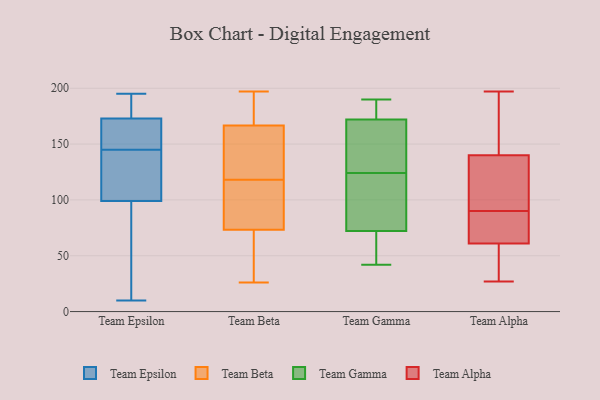
{"axis": {"x": "Waste Production (Tons)", "y": "Value"}, "legend": ["Team Alpha", "Team Beta", "Team Epsilon", "Team Gamma"], "data": [{"x": "", "y": 143, "type": "Team Epsilon"}, {"x": "", "y": 147, "type": "Team Epsilon"}, {"x": "", "y": 95, "type": "Team Epsilon"}, {"x": "", "y": 175, "type": "Team Epsilon"}, {"x": "", "y": 150, "type": "Team Epsilon"}, {"x": "", "y": 14, "type": "Team Epsilon"}, {"x": "", "y": 173, "type": "Team Epsilon"}, {"x": "", "y": 183, "type": "Team Epsilon"}, {"x": "", "y": 195, "type": "Team Epsilon"}, {"x": "", "y": 122, "type": "Team Epsilon"}, {"x": "", "y": 99, "type": "Team Epsilon"}, {"x": "", "y": 10, "type": "Team Epsilon"}, {"x": "", "y": 139, "type": "Team Epsilon"}, {"x": "", "y": 158, "type": "Team Epsilon"}, {"x": "", "y": 77, "type": "Team Beta"}, {"x": "", "y": 191, "type": "Team Beta"}, {"x": "", "y": 26, "type": "Team Beta"}, {"x": "", "y": 118, "type": "Team Beta"}, {"x": "", "y": 197, "type": "Team Beta"}, {"x": "", "y": 72, "type": "Team Beta"}, {"x": "", "y": 119, "type": "Team Beta"}, {"x": "", "y": 106, "type": "Team Beta"}, {"x": "", "y": 171, "type": "Team Beta"}, {"x": "", "y": 154, "type": "Team Beta"}, {"x": "", "y": 28, "type": "Team Beta"}, {"x": "", "y": 145, "type": "Team Gamma"}, {"x": "", "y": 181, "type": "Team Gamma"}, {"x": "", "y": 190, "type": "Team Gamma"}, {"x": "", "y": 170, "type": "Team Gamma"}, {"x": "", "y": 124, "type": "Team Gamma"}, {"x": "", "y": 42, "type": "Team Gamma"}, {"x": "", "y": 106, "type": "Team Gamma"}, {"x": "", "y": 67, "type": "Team Gamma"}, {"x": "", "y": 84, "type": "Team Gamma"}, {"x": "", "y": 74, "type": "Team Gamma"}, {"x": "", "y": 65, "type": "Team Gamma"}, {"x": "", "y": 178, "type": "Team Gamma"}, {"x": "", "y": 169, "type": "Team Gamma"}, {"x": "", "y": 100, "type": "Team Alpha"}, {"x": "", "y": 117, "type": "Team Alpha"}, {"x": "", "y": 197, "type": "Team Alpha"}, {"x": "", "y": 79, "type": "Team Alpha"}, {"x": "", "y": 27, "type": "Team Alpha"}, {"x": "", "y": 61, "type": "Team Alpha"}, {"x": "", "y": 137, "type": "Team Alpha"}, {"x": "", "y": 77, "type": "Team Alpha"}, {"x": "", "y": 41, "type": "Team Alpha"}, {"x": "", "y": 80, "type": "Team Alpha"}, {"x": "", "y": 174, "type": "Team Alpha"}, {"x": "", "y": 58, "type": "Team Alpha"}, {"x": "", "y": 102, "type": "Team Alpha"}, {"x": "", "y": 184, "type": "Team Alpha"}, {"x": "", "y": 45, "type": "Team Alpha"}, {"x": "", "y": 140, "type": "Team Alpha"}, {"x": "", "y": 66, "type": "Team Alpha"}, {"x": "", "y": 143, "type": "Team Alpha"}]}